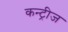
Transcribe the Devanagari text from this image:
कन्ट्रीज